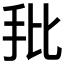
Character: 𰓁